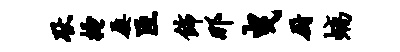
耿搔屡臣饰那曳厨螭